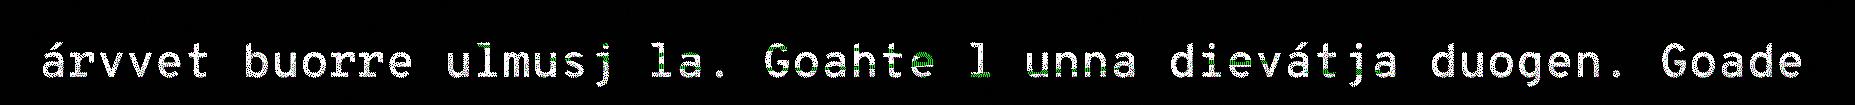
árvvet buorre ulmusj la. Goahte l unna dievátja duogen. Goade